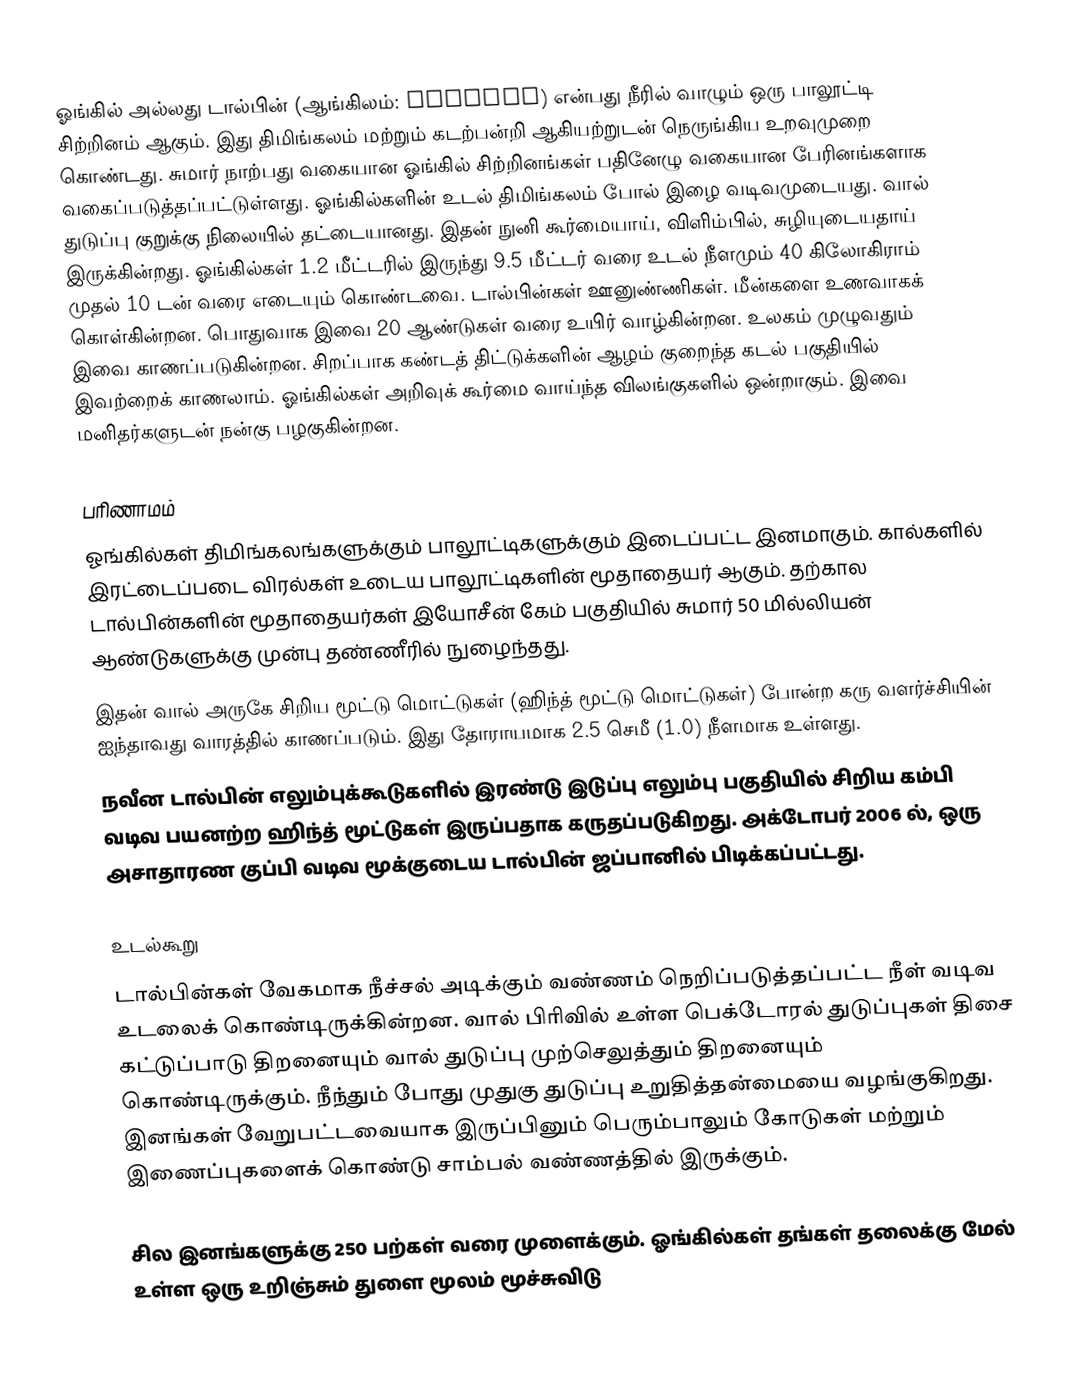
ஓங்கில் அல்லது டால்பின் (ஆங்கிலம்: Dolphin) என்பது நீரில் வாழும் ஒரு பாலூட்டி சிற்றினம் ஆகும். இது திமிங்கலம் மற்றும் கடற்பன்றி ஆகியற்றுடன் நெருங்கிய உறவுமுறை கொண்டது. சுமார் நாற்பது வகையான ஓங்கில் சிற்றினங்கள் பதினேழு வகையான பேரினங்களாக வகைப்படுத்தப்பட்டுள்ளது. ஓங்கில்களின் உடல் திமிங்கலம் போல் இழை வடிவமுடையது. வால் துடுப்பு குறுக்கு நிலையில் தட்டையானது. இதன் நுனி கூர்மையாய், விளிம்பில், சுழியுடையதாய் இருக்கின்றது. ஓங்கில்கள் 1.2 மீட்டரில் இருந்து 9.5 மீட்டர் வரை உடல் நீளமும் 40 கிலோகிராம் முதல் 10 டன் வரை எடையும் கொண்டவை. டால்பின்கள் ஊனுண்ணிகள். மீன்களை உணவாகக் கொள்கின்றன. பொதுவாக இவை 20 ஆண்டுகள் வரை உயிர் வாழ்கின்றன. உலகம் முழுவதும் இவை காணப்படுகின்றன. சிறப்பாக கண்டத் திட்டுக்களின் ஆழம் குறைந்த கடல் பகுதியில் இவற்றைக் காணலாம். ஓங்கில்கள் அறிவுக் கூர்மை வாய்ந்த விலங்குகளில் ஒன்றாகும். இவை மனிதர்களுடன் நன்கு பழகுகின்றன.

பரிணாமம்
ஓங்கில்கள் திமிங்கலங்களுக்கும் பாலூட்டிகளுக்கும் இடைப்பட்ட இனமாகும். கால்களில் இரட்டைப்படை விரல்கள் உடைய பாலூட்டிகளின் மூதாதையர் ஆகும். தற்கால டால்பின்களின் மூதாதையர்கள் இயோசீன் கேம் பகுதியில் சுமார் 50 மில்லியன் ஆண்டுகளுக்கு முன்பு தண்ணீரில் நுழைந்தது.
இதன்  வால் அருகே சிறிய மூட்டு மொட்டுகள் (ஹிந்த் மூட்டு மொட்டுகள்) போன்ற கரு வளர்ச்சியின் ஐந்தாவது வாரத்தில் காணப்படும். இது தோராயமாக 2.5 செமீ (1.0) நீளமாக உள்ளது.
நவீன டால்பின் எலும்புக்கூடுகளில் இரண்டு இடுப்பு எலும்பு பகுதியில் சிறிய கம்பி வடிவ பயனற்ற ஹிந்த் மூட்டுகள் இருப்பதாக கருதப்படுகிறது. அக்டோபர் 2006 ல், ஒரு அசாதாரண குப்பி வடிவ மூக்குடைய டால்பின் ஜப்பானில் பிடிக்கப்பட்டது.

உடல்கூறு
டால்பின்கள் வேகமாக நீச்சல் அடிக்கும் வண்ணம் நெறிப்படுத்தப்பட்ட நீள் வடிவ உடலைக் கொண்டிருக்கின்றன. வால் பிரிவில் உள்ள பெக்டோரல் துடுப்புகள் திசை கட்டுப்பாடு திறனையும் வால் துடுப்பு முற்செலுத்தும் திறனையும் கொண்டிருக்கும். நீந்தும் போது முதுகு துடுப்பு உறுதித்தன்மையை வழங்குகிறது. இனங்கள் வேறுபட்டவையாக இருப்பினும் பெரும்பாலும் கோடுகள் மற்றும் இணைப்புகளைக் கொண்டு சாம்பல் வண்ணத்தில் இருக்கும்.

சில இனங்களுக்கு 250 பற்கள் வரை முளைக்கும். ஓங்கில்கள் தங்கள் தலைக்கு மேல் உள்ள ஒரு உறிஞ்சும் துளை மூலம் மூச்சுவிடு